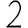
Digit: 2